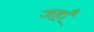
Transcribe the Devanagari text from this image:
जहॉँ